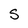
Character: S